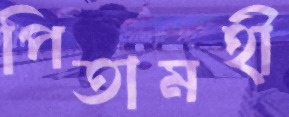
পিতামহী